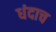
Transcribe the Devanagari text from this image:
धंदाच